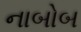
નાબોબ